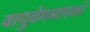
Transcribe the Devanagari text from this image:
वायुवेगमापकों